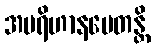
အပရိဟာနမေတန္တိ